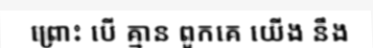
ព្រោះ បើ គ្មាន ពួកគេ យើង នឹង